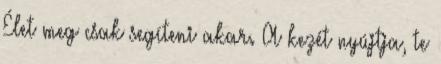
Élet meg csak segíteni akar. A kezét nyújtja, te